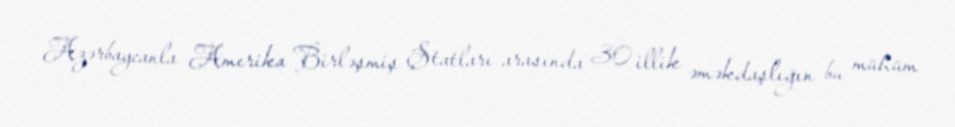
Azərbaycanla Amerika Birləşmiş Ştatları arasında 30 illik əməkdaşlığın bu mühüm